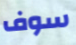
سوف